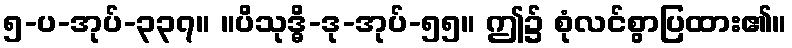
၅-ပ-အုပ်-၃၃၇။ ။ပိသုဒ္ဓိ-ဒု-အုပ်-၅၅။ ဤ၌ စုံလင်စွာပြထား၏။